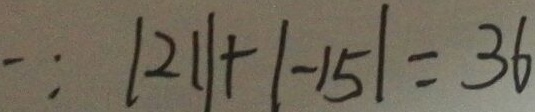
\because \vert 2 1 \vert + \vert - 1 5 \vert = 3 6